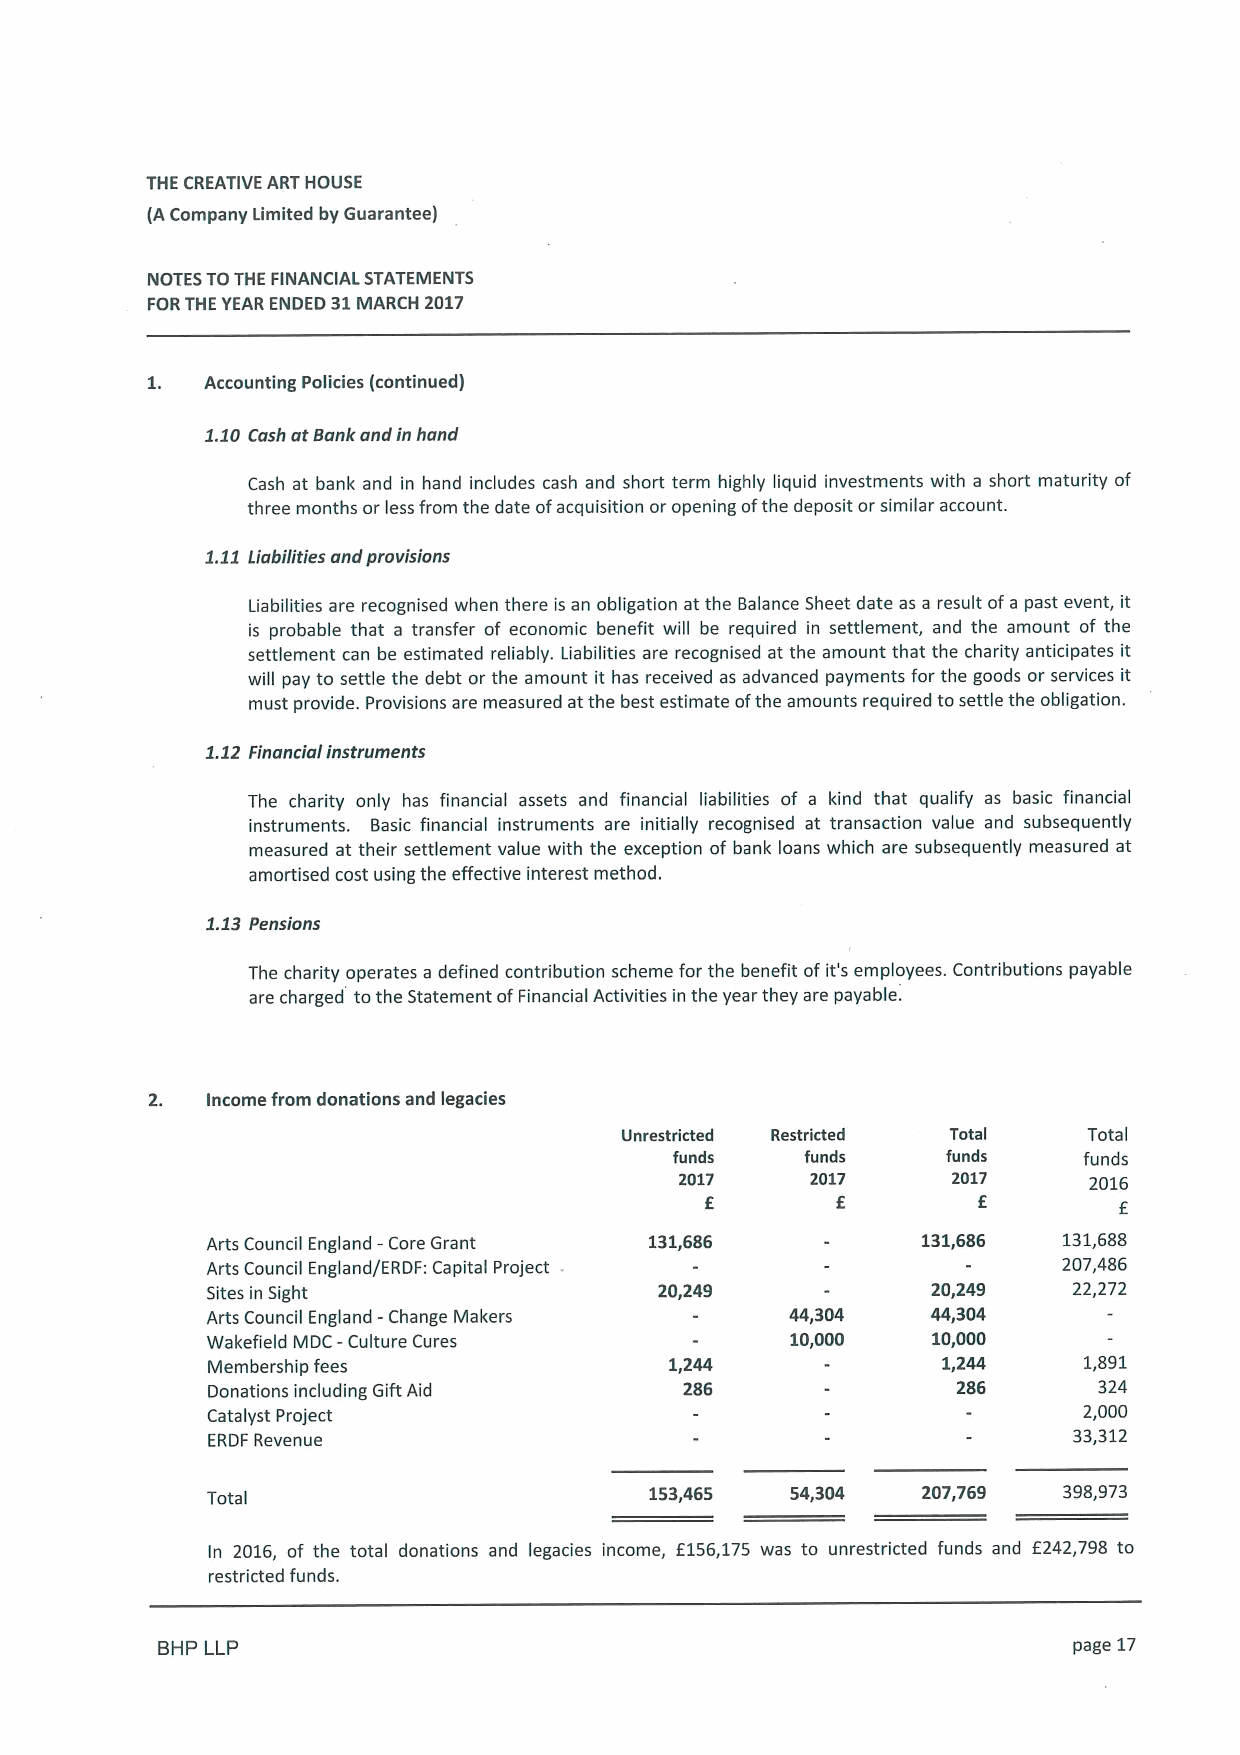
THE CREATIVE ART HOUSE
 (ACompany Limited by Guarantee)
 NOTES TOTHE FINANCIAL STATEMENTS
 FORTHE YEAR ENDED 31MARCH 2017
 Accounting Policies (continued)
 1.10Cash at Bank and in hand
 Cash at bank and in hand includes cash and short term highly liquid investments with a short maturity of
 three months or less from the date ofacquisition or opening ofthe deposit or similar account.
 1.11Liabilities and provisions
 Liabilities are recognised when there is an obligation at the Balance Sheet date as a result ofa past event, it
 is probable that a transfer of economic benefit will be required in settlement, and the amount of the
 settlement can be estimated reliably. Liabilities are recognised at the amount that the charity anticipates it
 will pay to settle the debt or the amount it has received as advanced payments for the goods or services it
 must provide. Provisions are measured at the best estimate ofthe amounts required to settle the obligation.
 1.12 Financial instruments
 The charity only has financial assets and financial liabilities of a kind that qualify as basic financial
 instruments. Basic financial instruments are initially recognised at transaction value and subsequently
 measured at their settlement value with the exception of bank loans which are subsequently measured at
 amortised cost using the effective interest method.
 1.13Pensions
 The charity operates a defined contribution scheme for the benefit of it's employees. Contributions payable
 are charged to the Statement ofFinancial Activities in the year they are payable.
 2.  Income from donations and legacies
 Unrestricted Restricted Total  Total
 funds   funds     funds    funds
 2017     2017     2017     2016
 E       f         f        f
 Arts Council England —Core Grant 131,686       131,686  131,688
 Arts Council England/ERDF: Capital Project              207,486
 Sites in Sight                20,249            20,249   22,272
 Arts Council England -Change Makers   44,304    44,304
 Wakefield MDC -Culture Cures          10,000    10,000
 Membership fees               1,244             1,244     1,891
 Donations including Gift Aid   286               286       324
 Catalyst Project                                          2,000
 ERDFRevenue
 33,312
 Total                        153,465  54,304   207,769  398,973
 In 2016, of the total donations and legacies income, f156,175 was to unrestricted funds and f242,798 to
 restricted funds.
 BHP LLP                                                      page 17